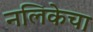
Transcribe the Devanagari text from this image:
नलिकेचा